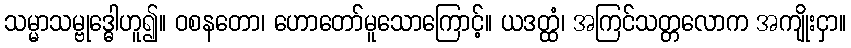
သမ္မာသမ္ဗုဒ္ဓေါဟူ၍။ ဝစနတော၊ ဟောတော်မူသောကြောင့်။ ယဒတ္ထံ၊ အကြင်သတ္တလောက အကျိုးငှာ။